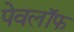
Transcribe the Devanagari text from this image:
पेवलॉफ